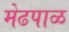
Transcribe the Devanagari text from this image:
मेढपाळ